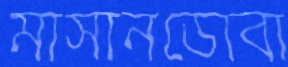
মাসানডোবা